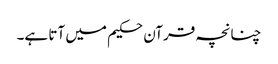
چنانچہ قرآن حکیم میں آتا ہے۔